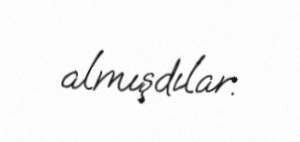
almışdılar.